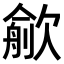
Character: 𣤏